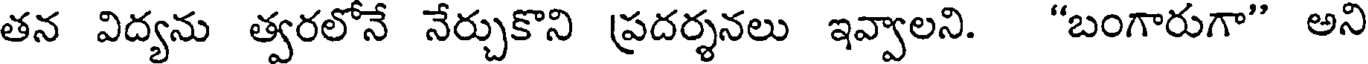
తన విద్యను త్వరలోనే నేర్చుకొని ప్రదర్శనలు ఇవ్వాలని. "బంగారుగా" అని